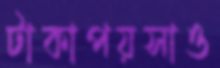
টাকাপয়সাও